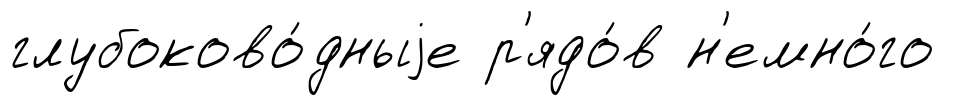
глубоково́дныjе р'ядо́в н'емно́го